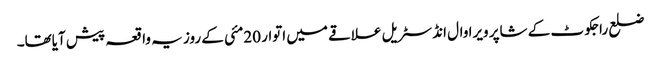
ضلع راجکوٹ کے شاپر ویرا وال انڈسٹریل علاقے میں اتوار 20مئی کے روز یہ واقعہ پیش آیاتھا۔